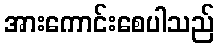
အားကောင်းစေပါသည်